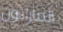
الماراثون